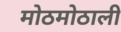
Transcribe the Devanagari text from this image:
मोठमोठाली